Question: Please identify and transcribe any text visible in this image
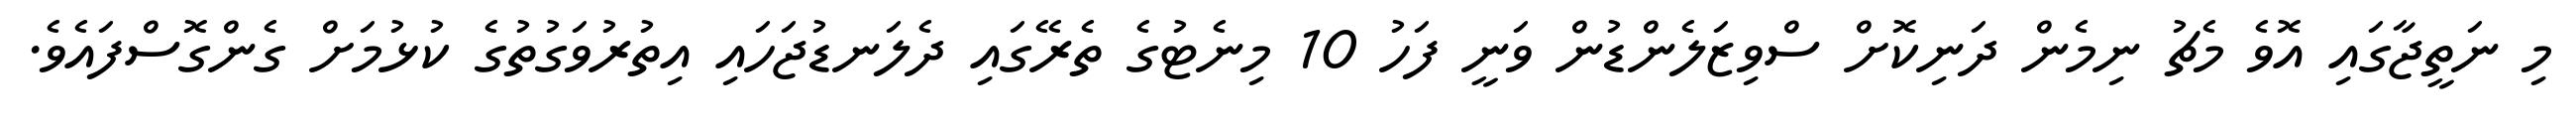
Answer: މި ނަތީޖާގައި އޮވެ މެޗު ނިމެން ދަނިކޮށް ސްވިޒަލެންޑުން ވަނީ ފަހު 10 މިނެޓުގެ ތެރޭގައި ދެލަނޑުޖަހައި އިތުރުވަގުތުގެ ކުޅުމަށް ގެންގޮސްފައެވެ.